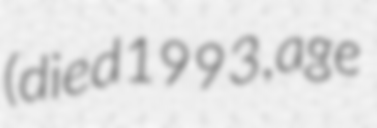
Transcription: (died 1993, age